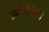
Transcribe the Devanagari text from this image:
ज्बोरोव्सकी